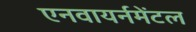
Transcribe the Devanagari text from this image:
एनवायर्नमेंटल